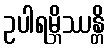
ဥပါရမ္ဘိဿန္တိ